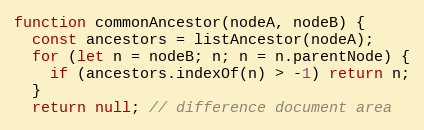
Language: JavaScript
function commonAncestor(nodeA, nodeB) {
  const ancestors = listAncestor(nodeA);
  for (let n = nodeB; n; n = n.parentNode) {
    if (ancestors.indexOf(n) > -1) return n;
  }
  return null; // difference document area